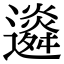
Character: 䢯